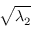
\sqrt { \lambda _ { 2 } }